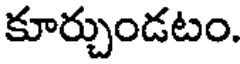
కూర్చుండటం.